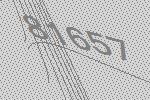
81657